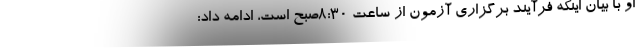
او با بیان اینکه فرآیند برگزاری آزمون از ساعت ۸:۳۰صبح است، ادامه داد: